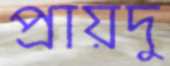
প্রায়দু